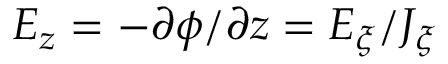
E _ { z } = - \partial \phi / \partial z = E _ { \xi } / J _ { \xi }